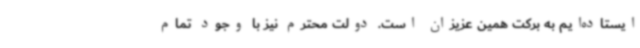
ایستاده‌ایم به برکت همین عزیزان است. دولت محترم نیز با وجود تمام